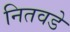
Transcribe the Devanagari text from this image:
नितवडे